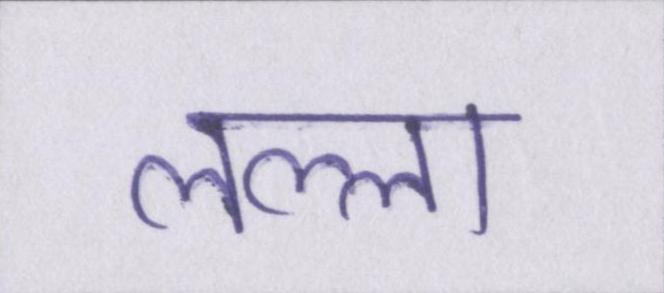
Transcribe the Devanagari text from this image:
लल्ला